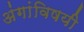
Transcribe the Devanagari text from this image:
अंगांविषयी